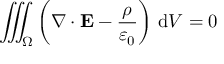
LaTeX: \iiint _ { \Omega } \left( \nabla \cdot \mathbf { E } - { \frac { \rho } { \varepsilon _ { 0 } } } \right) \, \mathrm { d } V = 0